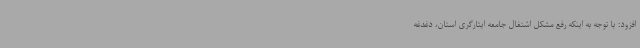
افزود: با توجه به اینکه رفع مشکل اشتغال جامعه ایثارگری استان، دغدغه